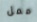
ممل